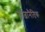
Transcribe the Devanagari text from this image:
राजानैतिक